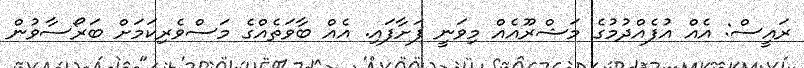
ރައީސް: އެއް އުފެއްދުމުގެ މަޝްރޫއެއް މިވަނީ ފަށާފައި. އެއް ބާވަތެއްގެ މަސްވެރިކަމަށް ބަރޯސާވުން